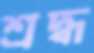
শ্রদ্ধ